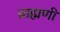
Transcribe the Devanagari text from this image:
व्राह्मणी